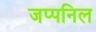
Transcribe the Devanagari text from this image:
जप्पनिल